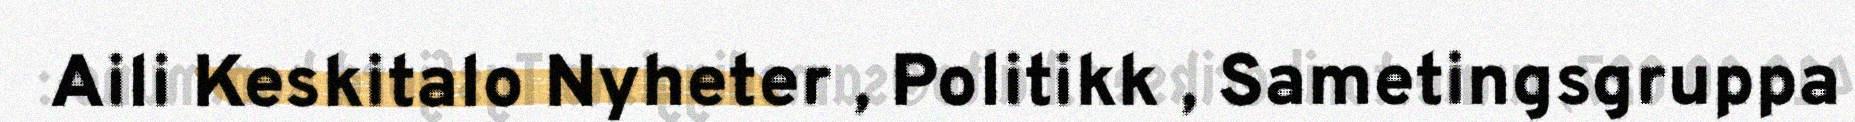
Aili Keskitalo Nyheter , Politikk , Sametingsgruppa